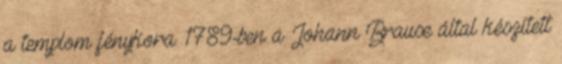
a templom fénykora. 1789-ben a Johann Brause által készített